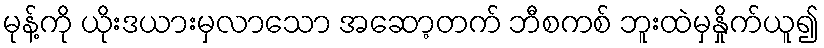
မုန့်ကို ယိုးဒယားမှလာသော အဆော့တက် ဘီစကစ် ဘူးထဲမှနှိုက်ယူ၍